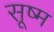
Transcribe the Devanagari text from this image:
सूष्म